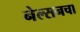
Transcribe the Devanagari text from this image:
नेल्सनचा